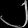
Digit: ၂